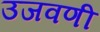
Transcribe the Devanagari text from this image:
उजवणी